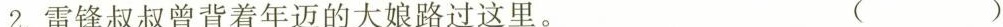
2.雷锋叔叔曾背着年迈的大娘路过这里。 （ ）